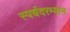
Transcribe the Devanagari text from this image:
स्पर्धदरम्यान